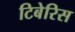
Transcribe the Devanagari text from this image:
टिबेरिस